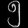
Digit: ၅